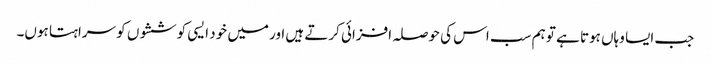
جب ایسا وہاں ہوتا ہے تو ہم سب اس کی حوصلہ افزائی کرتے ہیں اور میں خود ایسی کوششوں کو سراہتا ہوں۔